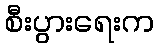
စီးပွားရေးက